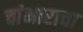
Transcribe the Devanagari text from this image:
चांभाराचा